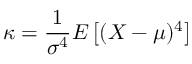
\kappa = { \frac { 1 } { \sigma ^ { 4 } } } E \left[ ( X - \mu ) ^ { 4 } \right]